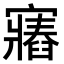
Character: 𫴛